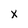
Character: x